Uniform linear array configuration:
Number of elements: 12
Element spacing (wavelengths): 0.25
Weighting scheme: hann
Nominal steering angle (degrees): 45
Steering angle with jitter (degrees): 45.295
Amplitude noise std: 0.05
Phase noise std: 0.05

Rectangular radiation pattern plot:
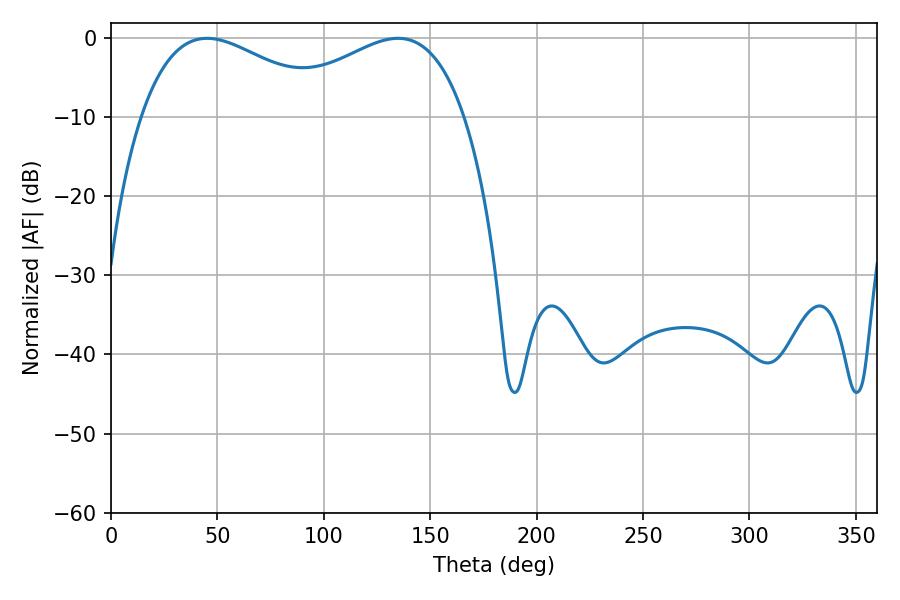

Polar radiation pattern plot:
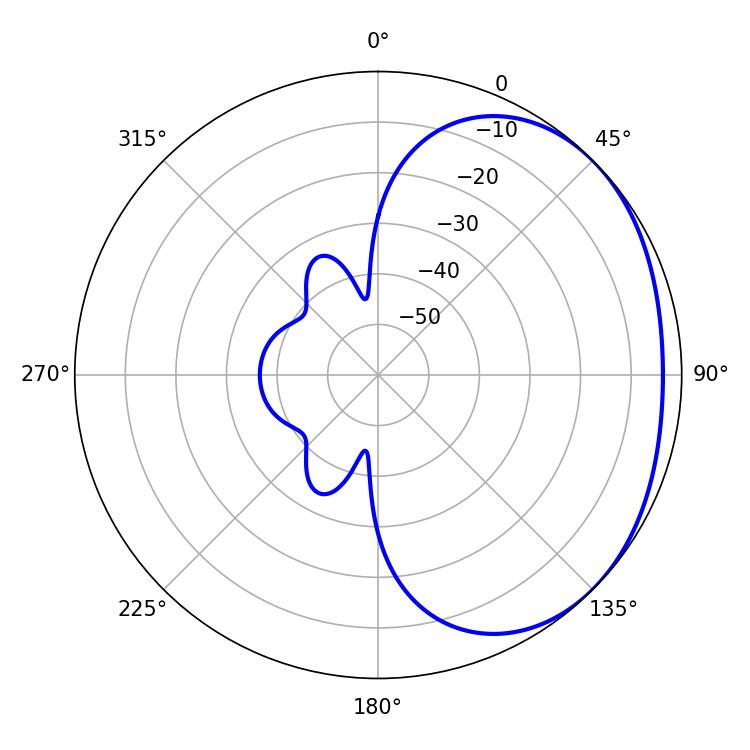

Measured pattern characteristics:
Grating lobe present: FALSE
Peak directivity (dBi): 1.922
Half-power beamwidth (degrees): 49.86
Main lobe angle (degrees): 45.18